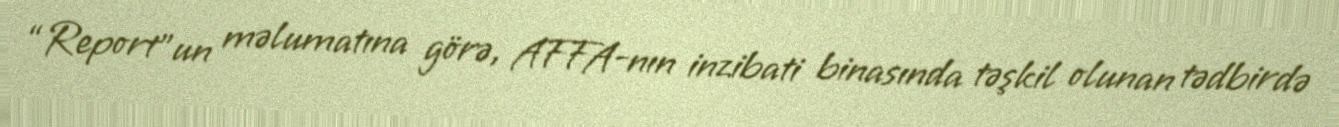
“Report”un məlumatına görə, AFFA-nın inzibati binasında təşkil olunan tədbirdə